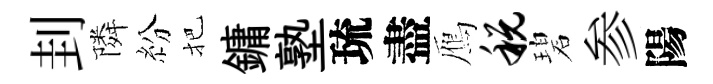
刲隣紛把鏞塾琉盡鴈税碧参陽